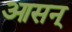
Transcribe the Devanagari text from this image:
आसन्